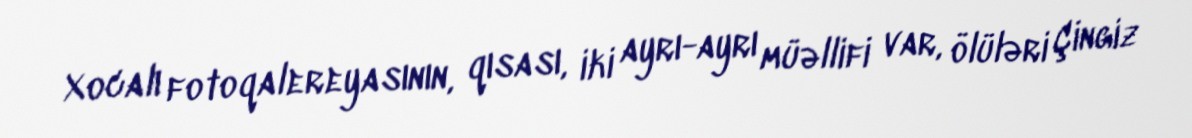
Xocalı fotoqalereyasının, qısası, iki ayrı-ayrı müəllifi var, ölüləri Çingiz